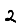
Digit: 2